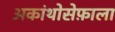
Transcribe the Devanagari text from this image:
अकांथोसेफ़ाला